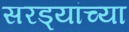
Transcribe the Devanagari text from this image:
सरड्यांच्या